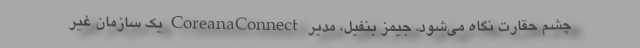
چشم حقارت نگاه می‌شود. جیمز بنفیل، مدیر CoreanaConnect یک سازمان غیر